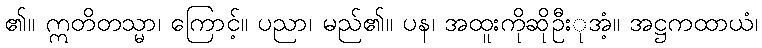
၏။ ဣတိတသ္မာ၊ ကြောင့်။ ပညာ၊ မည်၏။ ပန၊ အထူးကိုဆိုဦးုအံ့။ အဋ္ဌကထာယံ၊